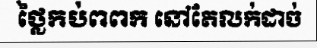
ថ្លៃកប់ពពក នៅតែលក់ដាច់